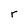
Character: r